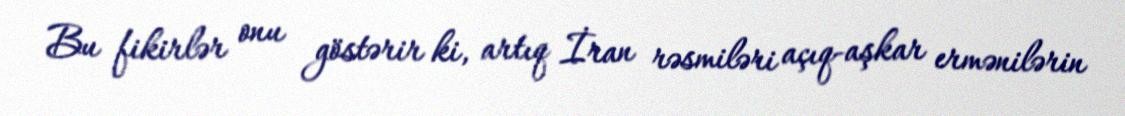
Bu fikirlər onu göstərir ki, artıq İran rəsmiləri açıq-aşkar ermənilərin